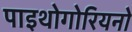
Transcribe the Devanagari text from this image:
पाइथोगोरियनो